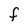
Character: F